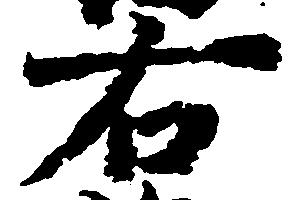
右